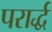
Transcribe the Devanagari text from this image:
परार्द्ध